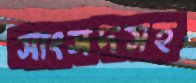
সাংসদসহ